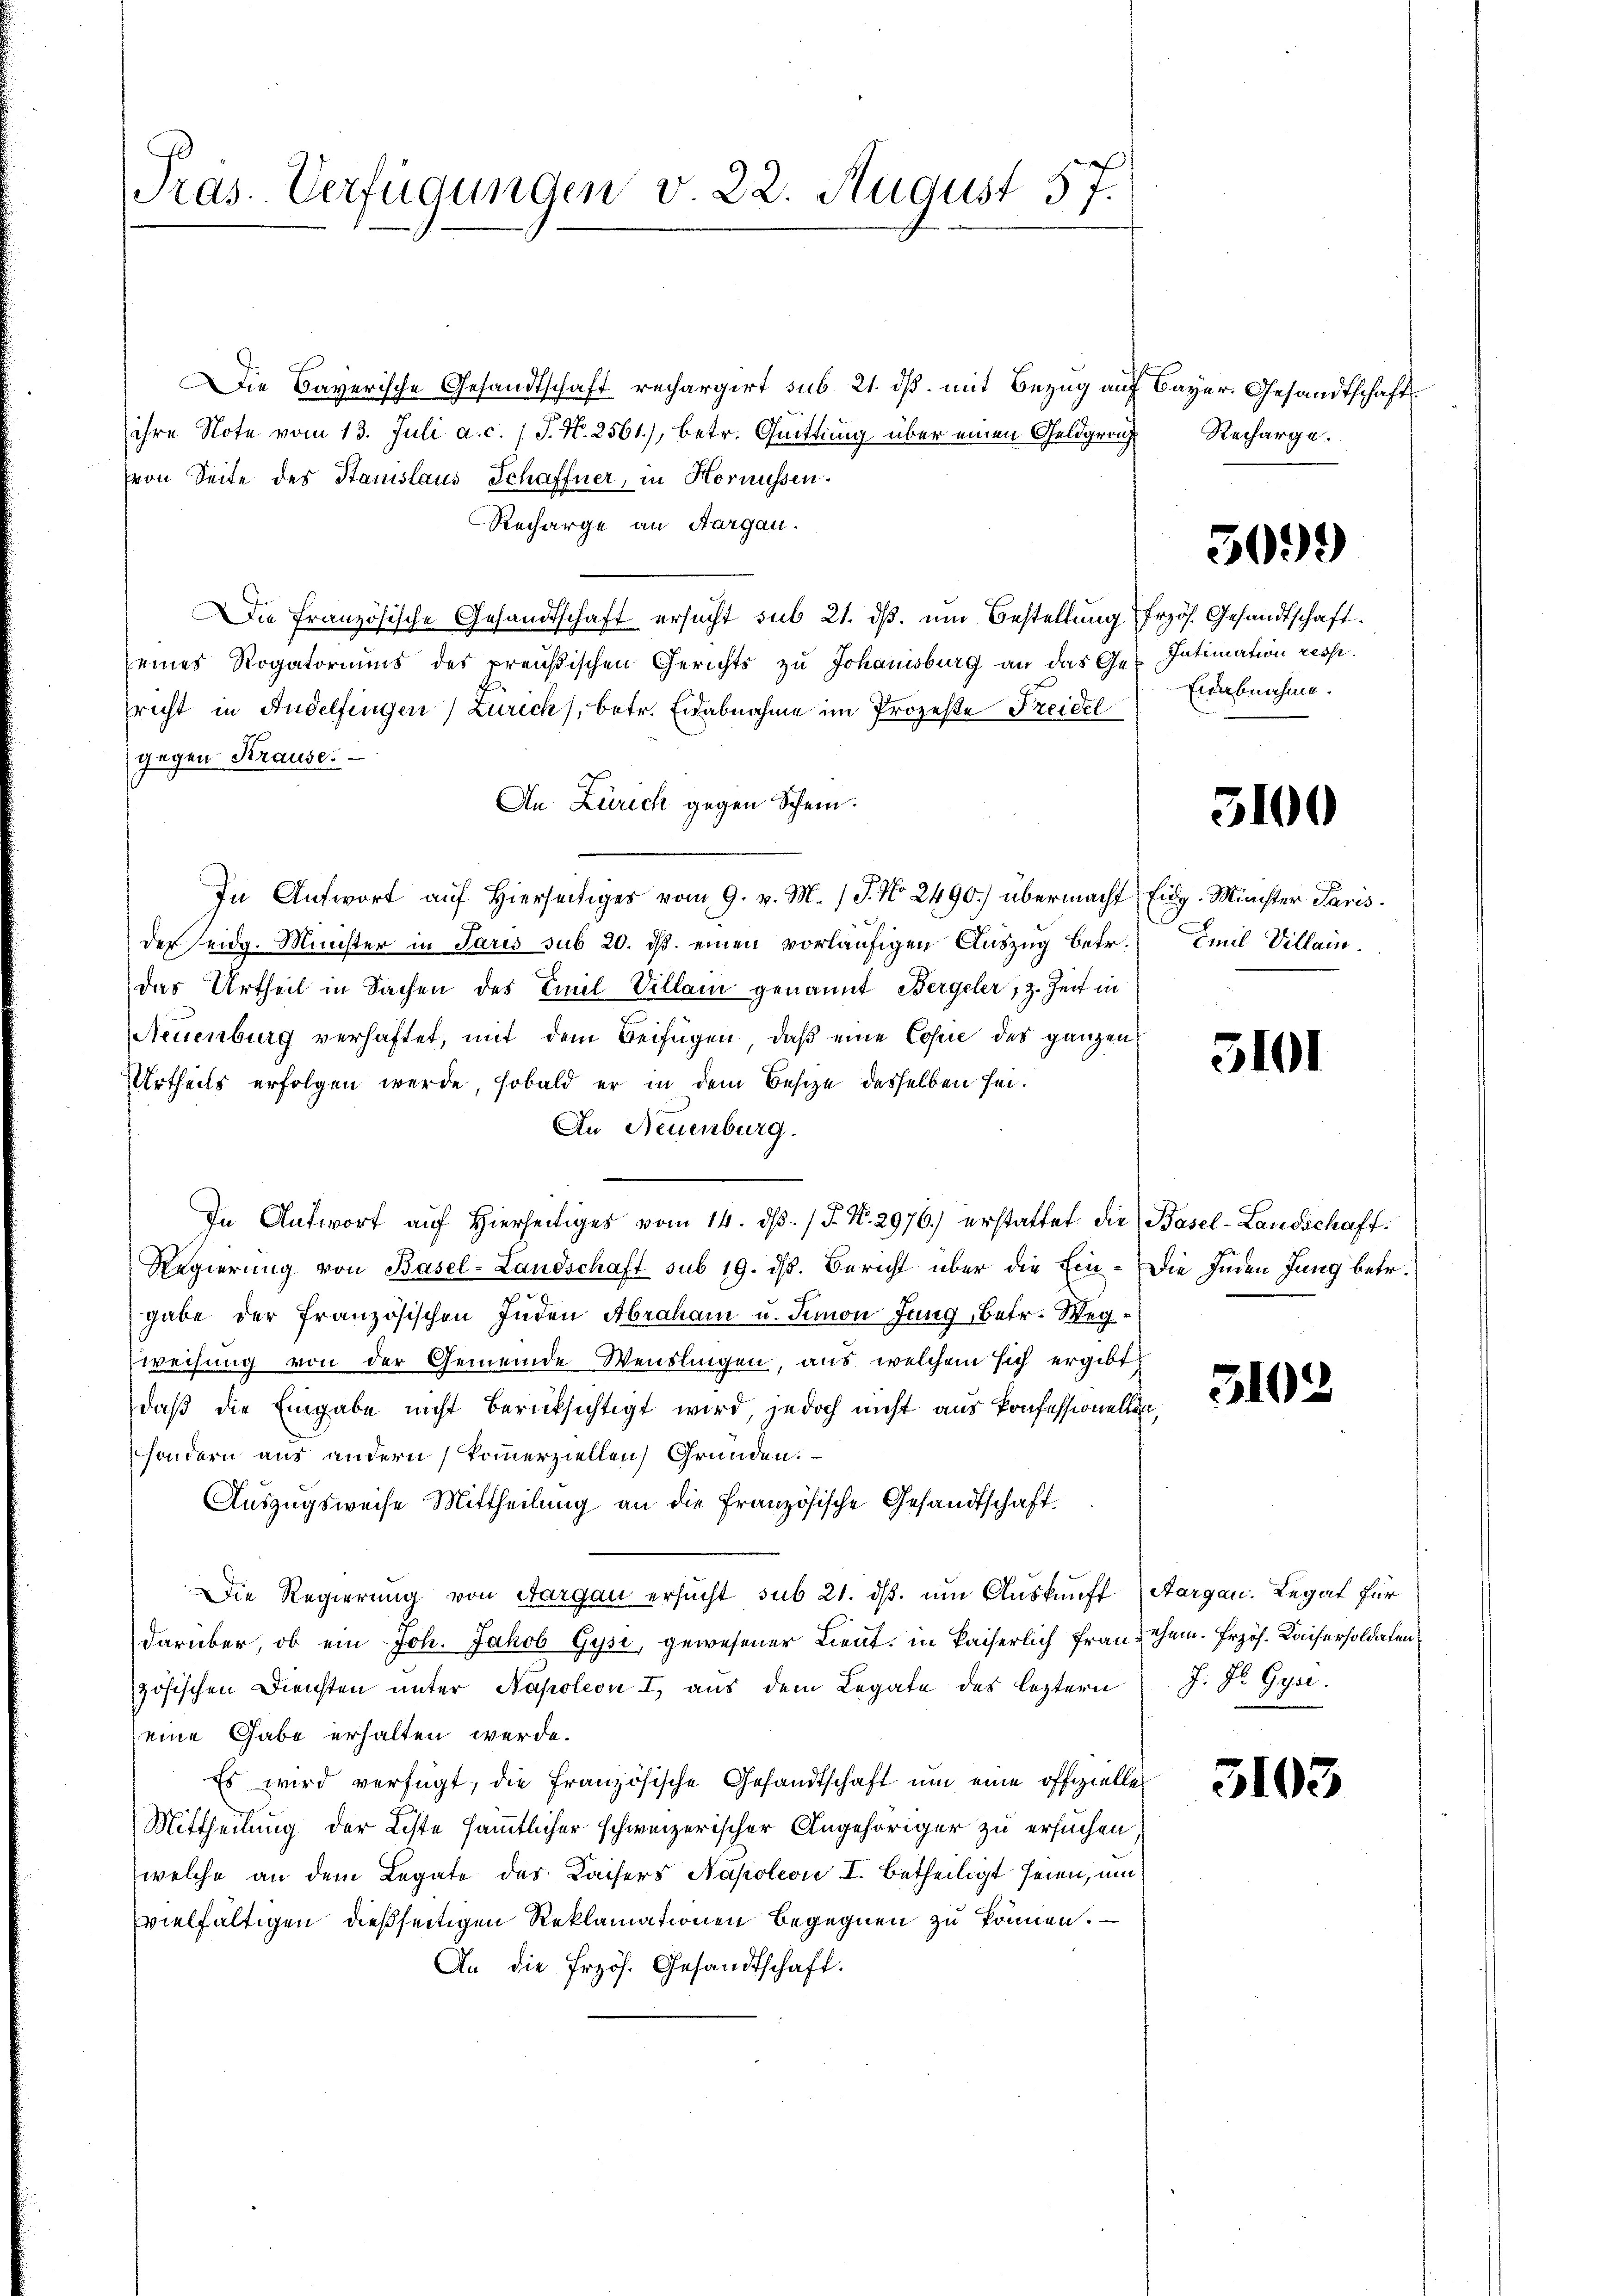
Pras. Verfügungen v. 22. August 57.

Die Bayerische Gesandtschaft rechargirt sub. 21. ds. mit Bezug auf Bayer. Gesandtschaft
ihre Note vom 13. Juli a. c. 1 S. N. 2561), betr. Quittung über einen Geldgerich
von Seite des Stanislaus Schaffner, in Hornüssen.
Recharge an Aargau.
Die Französische Gesandtschaft ersucht sub 21. ds. um Bestellung frzös. Gesandtschaft.
seines Rogatoriums des preußischen Gerichts zu Johanisburg an das Ges. Intimation resp.
srecht in Andelfingen) Zürich, betr. Eidabnahme im Prozeste Freidel
gegen Krause.
An Zürich gegen Schein.
In Antwort auf hierseitiges vom 9. v. M. J. No. 2490.) übermacht Eidg. Minister Paris
der eidg. Minister in Paris sub 20. ds. einen vorläufigen Auszug betr. Emil Villain.
das Urtheil in Sachen des Emil Villam genannt Bergeler, z. Zeit in
Neuenburg verhaftet, mit dem Beifügen, daß eine Copie des ganzen
Urtheils erfolgen werde, sobald er in dem Besize desselben sei¬
An Neuenburg.
In Antwort auf Hierseitiges vom 14. dβ. / J. N. 2976.) erstattet die Basel-Landschaff¬
Regierung von Basel-Landschaft sub 19. ds. Bericht über die Ein- Die Inden Jung betr.
gabe der französischen Inden Abraham u. Simon Jung, betr. Wegweisung von der Gemeinde Wenslingen, aus welchem sich ergibt
daß die Eingabe nicht berücksichtigt wird, jedoch nicht aus Ponfessionellen,
sondern aus andern kommerziellen Gründen.
Auszugsweise Mittheilung an die Französische Gesandtschaft
Die Regierung von Aargau ersucht sub 21. dβ. um Auskunft Aargau. Legat für
darüber, ob ein Joh. Jakob Gyse, gewesener Lieut. in kaiserlich Frau sehen. Erzöh. Kaisersoldaten
zösischen Diensten ŭnter Napoleon I, aus dem Legate des leztern. J. Dr. Gysi.
eine Gabe erhalten werde.
Es wird verfügt, die Französische Gesandtschaft um eine offizielle
Mittheilung der Liste sämmtlicher schweizerischer Angehöriger zu ersuchen
welche an dem Legate des Kaisers Napoleon I. betheiligt seien, um
vielfältigen dießseitigen Reklamationen begegnen zu können. –
An die Erzös. Gesandtschaft.

Recharge.

5099)

Eidabnahme.

5100

3101

3102

3103